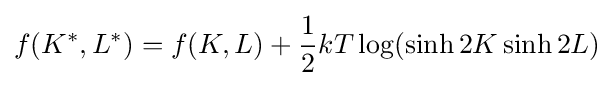
f(K^{*},L^{*})=f(K,L)+{\frac {1}{2}}kT\log(\sinh 2K\sinh 2L)